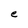
Character: e